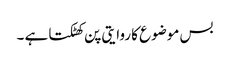
بس موضوع کا روایتی پن کھٹکتا ہے ۔